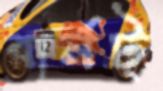
বার্নট্